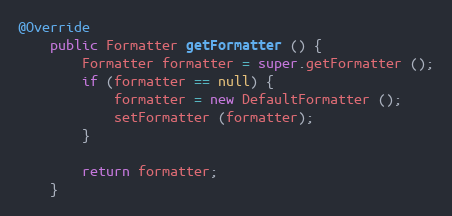
Language: Java
@Override
	public Formatter getFormatter () {
		Formatter formatter = super.getFormatter ();
		if (formatter == null) {
			formatter = new DefaultFormatter ();
			setFormatter (formatter);
		}

		return formatter;
	}